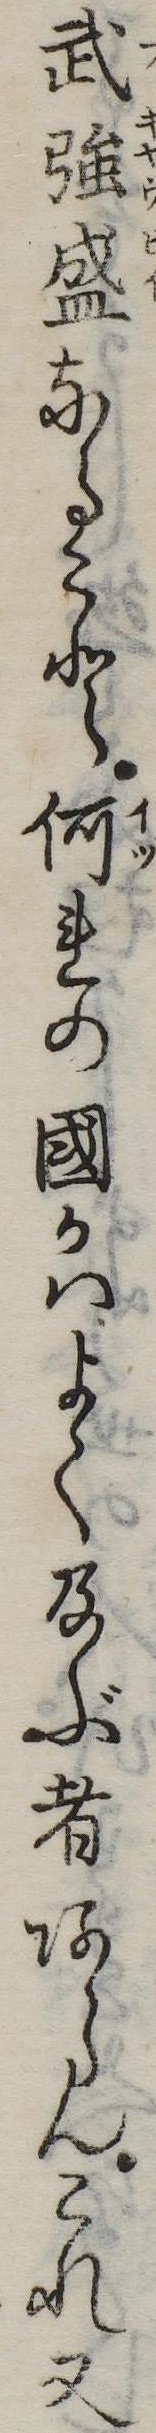
武強盛なること何れの国かはよく及ぶ者あらんこれ又